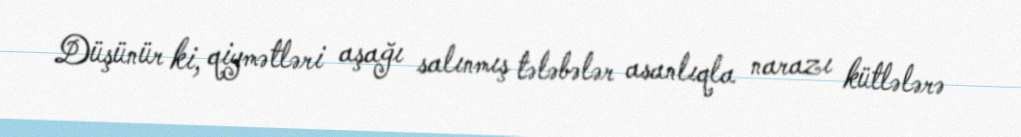
Düşünür ki, qiymətləri aşağı salınmış tələbələr asanlıqla narazı kütlələrə